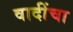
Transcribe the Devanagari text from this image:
वादींचा